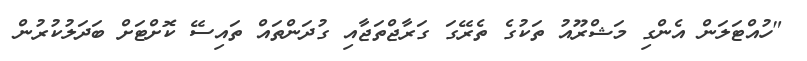
"ހުއްޓަލަން އެންގި މަޝްރޫއު ތަކުގެ ތެރޭގަ ގަރާޖްތަޖާއި ގުދަންތައް ތައިސޭ ކޮށްޓަށް ބަދަލުކުރުން